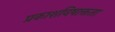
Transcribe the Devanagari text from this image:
प्रकाशविषाक्तता